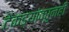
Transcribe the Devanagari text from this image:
टेकड्यांवरुनही